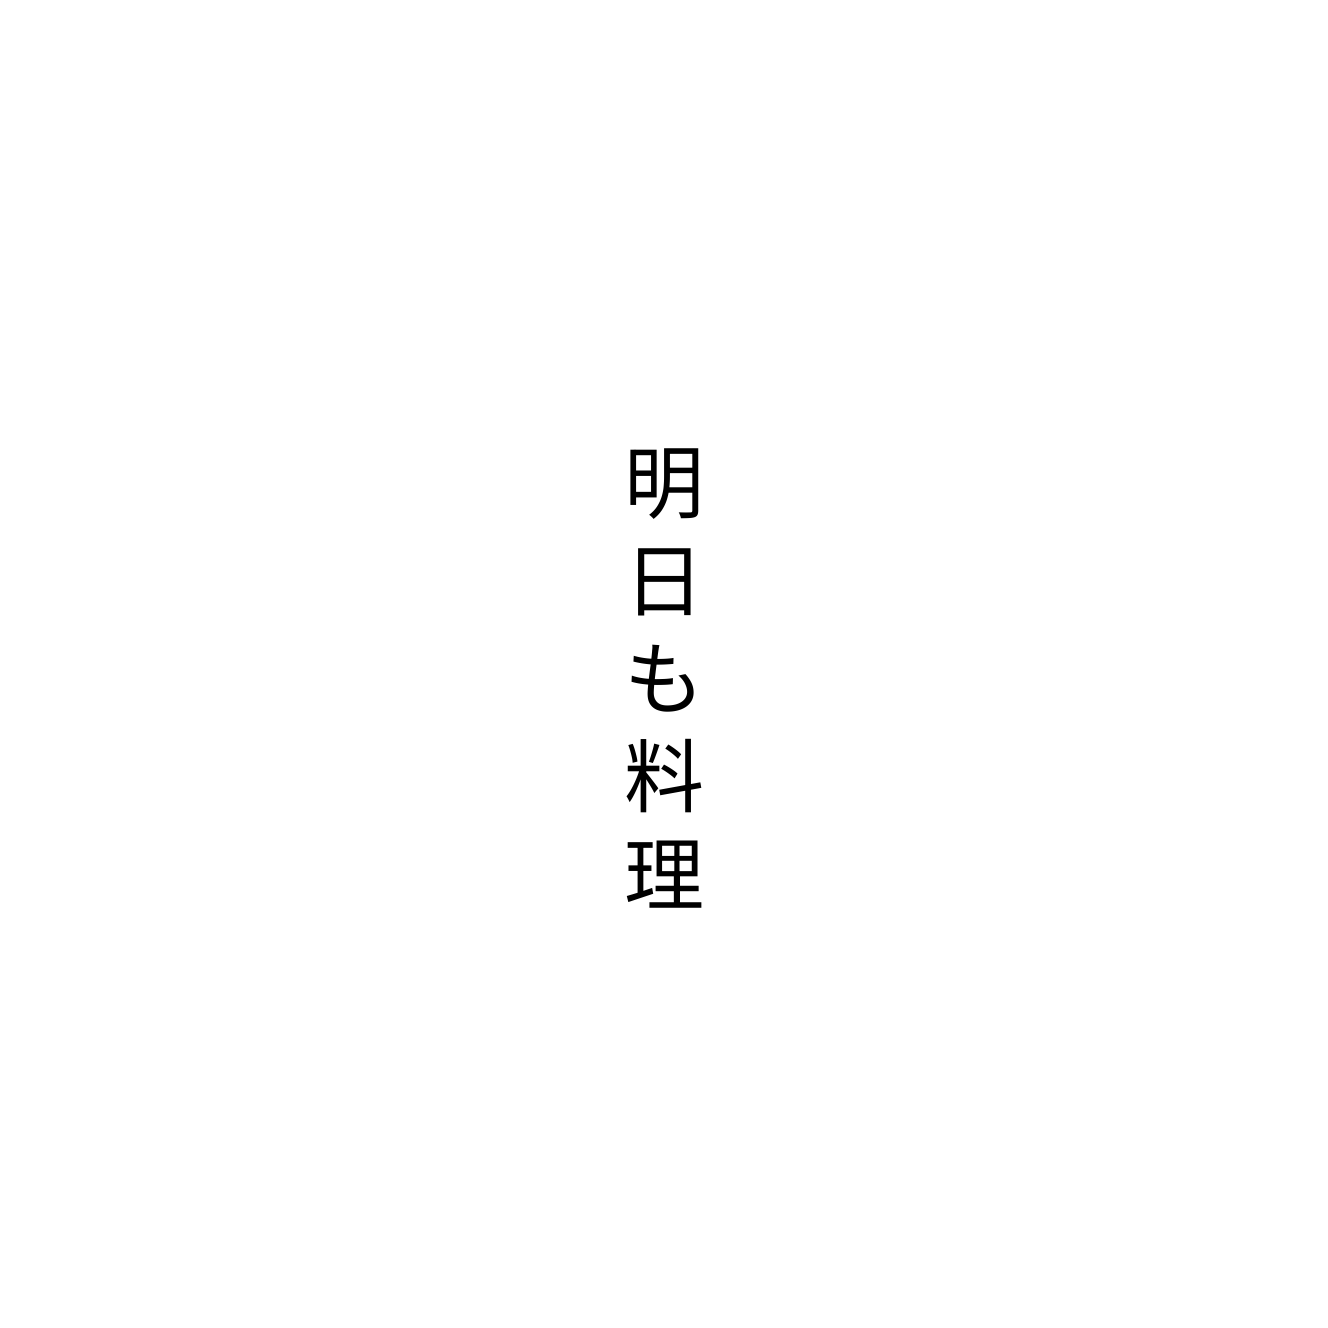
明日も料理